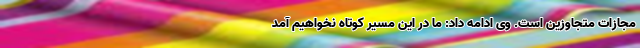
مجازات متجاوزین است. وی ادامه داد: ما در این مسیر کوتاه نخواهیم آمد